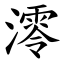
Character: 澪